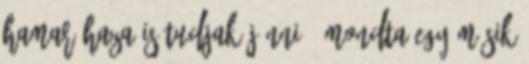
hamar haza is tudjak jönni - mondta egy másik